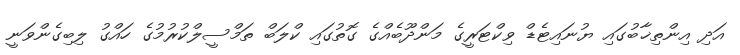
އަދި އިންތިޚާބުގައި ޔުނައިޓެޑް ވިކްޓަރީގެ މަންދޫބެއްގެ ގޮތުގައި ކްލަބް ތަމްސީލްކުރުމުގެ ހައްގު ލިބިގެންވަނީ